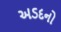
અડદનો